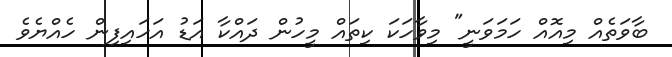
ބާވަތެއް މިއޮއް ހަމަވަނީ" މިވާހަކަ ކިތައް މީހުން ދައްކާ އަޑު އަހައިފިން ހެއްޔެވެ